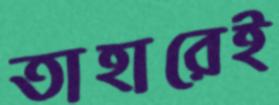
তাহারেই